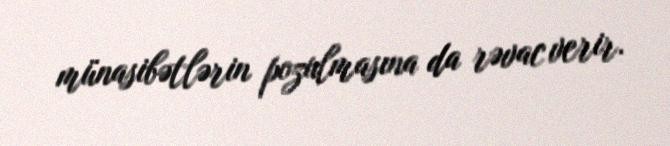
münasibətlərin pozulmasına da rəvac verir.